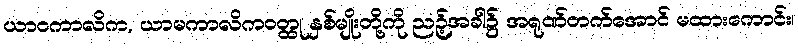
ယာဝကာလိက, ယာမကာလိကဝတ္ထု နှစ်မျိုးတို့ကို ညဉ့်အခါ၌ အရုဏ်တက်အောင် မထားကောင်း၊